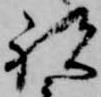
祝